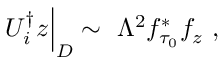
U _ { i } ^ { \dagger } z \Big | _ { D } \sim \ \Lambda ^ { 2 } f _ { \tau _ { 0 } } ^ { * } f _ { z } \ ,